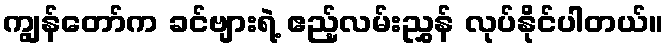
ကျွန်တော်က ခင်ဗျားရဲ့ ဧည့်လမ်းညွှန် လုပ်နိုင်ပါတယ်။